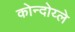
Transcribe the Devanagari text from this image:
कोन्दोय्ले